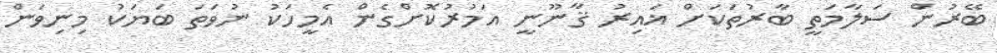
ބޭރުން ސަލާމަތީ ބާރުތަކަށް ޣައިރު ޤާނޫނީ އަމުރުކޮށްގެން އެމީހަކު ނުވަތަ ބަޔަކު މިނިވަން